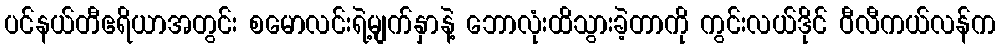
ပင်နယ်တီဧရိယာအတွင်း စမောလင်းရဲ့မျက်နှာနဲ့ ဘောလုံးထိသွားခဲ့တာကို ကွင်းလယ်ဒိုင် ဝီလီကယ်လန်က